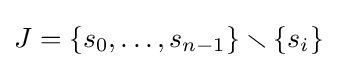
J=\{s_{0},\ldots ,s_{n-1}\}\smallsetminus \{s_{i}\}